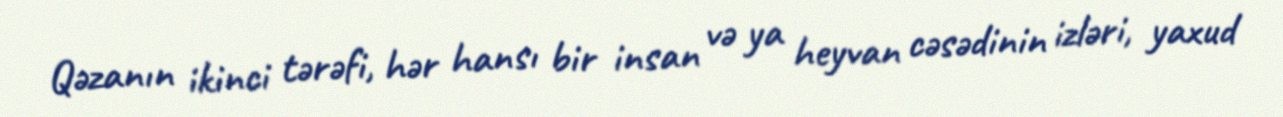
Qəzanın ikinci tərəfi, hər hansı bir insan və ya heyvan cəsədinin izləri, yaxud